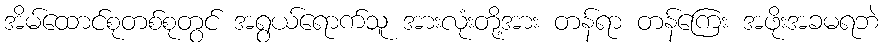
အိမ်ထောင်စုတစ်စုတွင် အရွယ်ရောက်သူ အားလုံးတို့အား တန်ရာ တန်ကြေး အဖိုးအခမရဘဲ